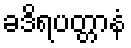
ခဒိရပတ္တာနံ